Civil Veterinary Dept. Bombay admin report 1907-1913 - 1907-1913
Year: 1907
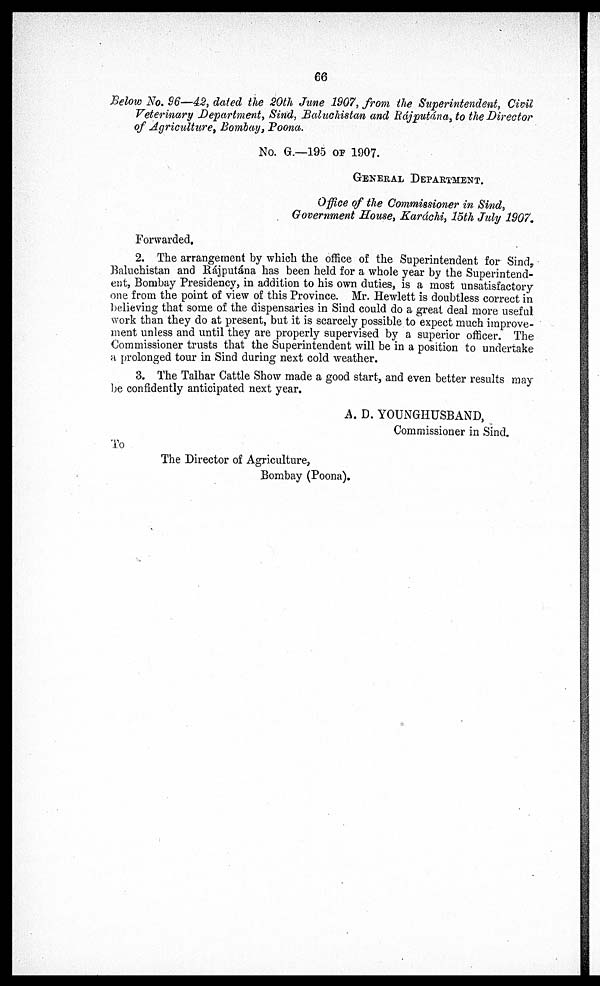
66
Below No. 96—42, dated the 20th June 1907, from the Superintendent, Civil
Veterinary Department, Sind, Baluchistan and Rájputana, to the Director
of Agriculture, Bombay, Poona.
No. G.—195 OF 1907.
GENERAL DEPARTMENT.
Office of the Commissioner in Sind,
Government Souse, Karáchi, 15th July 1907.
Forwarded.
2. The arrangement by which the office of the Superintendent for Sind,
Baluchistan and Rájputána has been held for a whole year by the Superintend-
ent, Bombay Presidency, in addition to his own duties, is a most unsatisfactory
one from the point of view of this Province. Mr. Hewlett is doubtless correct in
believing that some of the dispensaries in Sind could do a great deal more useful
work than they do at present, but it is scarcely possible to expect much improve-
ment unless and until they are properly supervised by a superior officer. The
Commissioner trusts that the Superintendent will be in a position to undertake
a prolonged tour in Sind during next cold weather.
3. The Talhar Cattle Show made a good start, and even better results may
be confidently anticipated next year.
A. D. YOUNGHUSBAND,
Commissioner in Sind.
To
The Director of Agriculture,
Bombay (Poona).